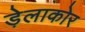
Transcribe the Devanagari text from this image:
ड़ेलाकोर